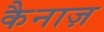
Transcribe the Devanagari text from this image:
कैनाज़